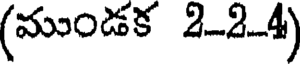
(ముండక 2-2-4)